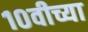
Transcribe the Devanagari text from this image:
१०वीच्या